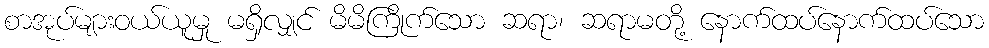
စာအုပ်များဝယ်ယူမှု မရှိလျှင် မိမိကြိုက်သော ဆရာ၊ ဆရာမတို့ နောက်ထပ်နောက်ထပ်သော